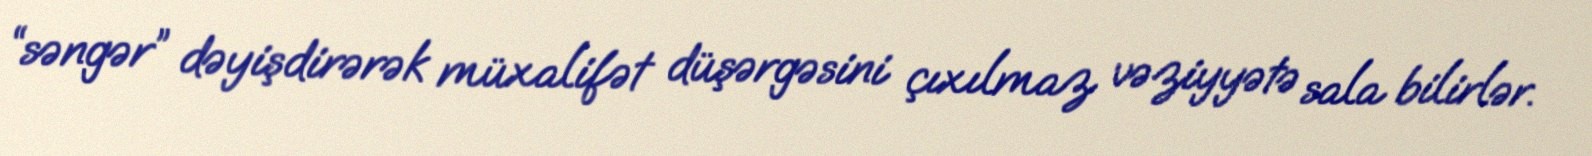
“səngər” dəyişdirərək müxalifət düşərgəsini çıxılmaz vəziyyətə sala bilirlər.